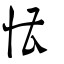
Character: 慒